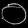
Digit: ၀